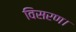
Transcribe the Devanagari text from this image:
विसरण।